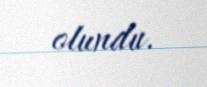
olundu.